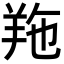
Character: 𦍥